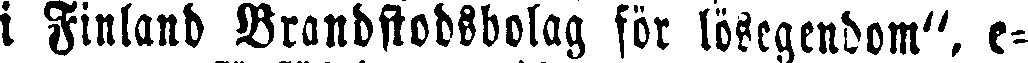
i Finland Brandstodsbolag för lösegendom", e-